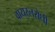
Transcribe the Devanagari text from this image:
वायरलरोधी